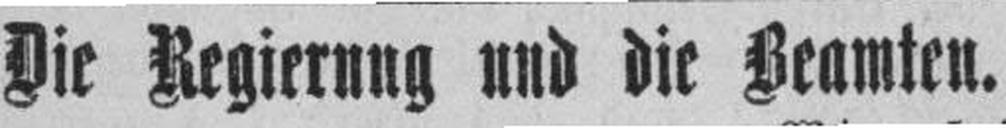
Die Pegierung und die Feamten.